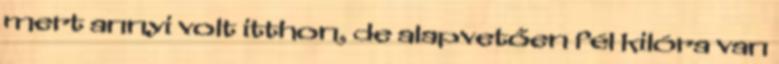
mert annyi volt itthon, de alapvetően fél kilóra van